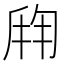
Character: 𬼍